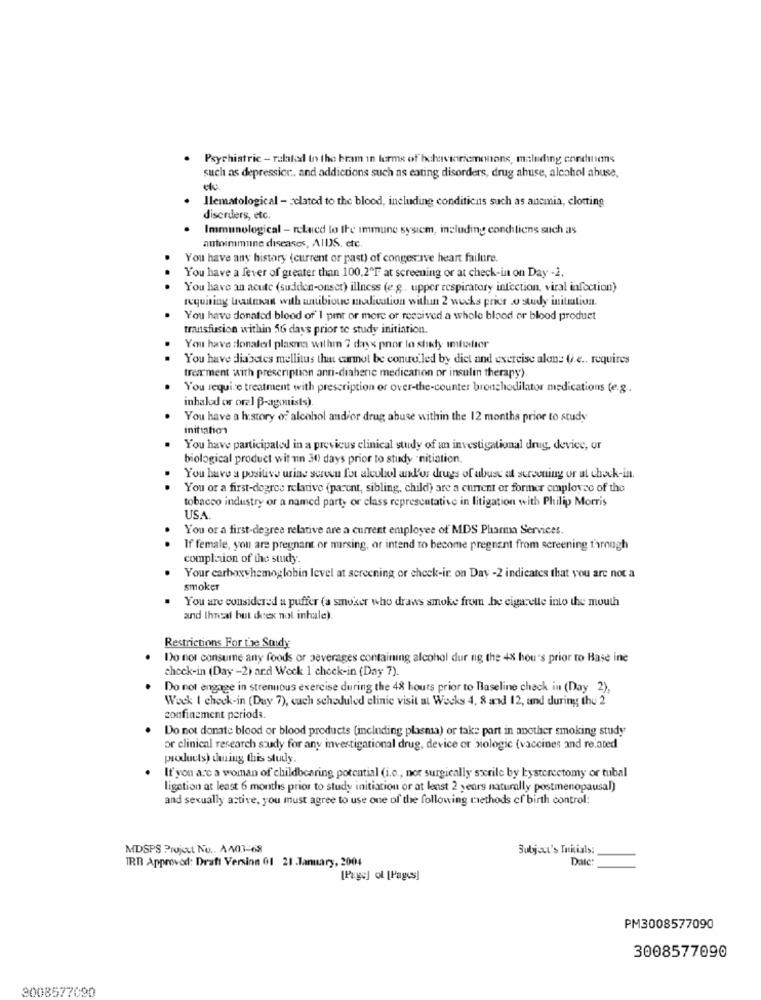
Psychiatric - ralaked in the bram in forme of behavioricmenons, maluding conditions
such as depression .. and addictions such as eating disorders, drug abuse, alcohol abuse,
Ilematological - zclatod to the blood, including conditicus such as anemia, clotting
disorders, etc.
Immunological - related to the immune system, including conchiliens such as
autoimmune diseases, AIDS, etc.
You have any history (current or past) of conges ave heart failure.
..
You have a fever of greater than 100.2"F at screening or at check-in on Day -2.
You have an acute (sudden-onset) illness (e.g ., upper respiratory inficction, viral infection)
requiring butnad with antibioue medication withun 2 wuchs prior o study initiation.
You have donated blood of' 1 pint or more or rossived a whole blood or blood product
transfusion within 56 days prior to study initiation.
You have donated plasma wilhm 7 days por lo shady imtiafter
You have diabetes mellitus that cannot be contro led by diet and exercise alone G.e ., requires
treatment with prescription anti-diaheric medication or insulin therapy)
You require treatment with prescription or over-the-counter bronchodilator medications (e.g ..
inhalod or oral B-agonists).
You have a history of alcohol and/or drug abuse within the 12 months prior to study
initiation
You have participated in a previcus clinical study of an investigational drug, device, or
biological product wit un 30) days prior to study "nitiation.
You have a positive urine screen fot alcohol andd'or drugs of abuse at screening or at check-in.
You or a first-degree relative (parent, sibling, child) are a current or former employee of the
tobacco industry or a named party or class representative in litigation with Philip Morris
USA.
.
You or a first-degree relative are a current employee of MDS Pharma Services.
If female, you are pregnant or mirsing, or intend to become pregnant from screening through
completion of the study.
Your carboxyhemoglobin level at screening or check-ir on Day -2 indicates that you are not a
smoker
You are considered a puffer (a smoker who draws smoke from .be cigarette into the mouth
and Ihreal but deex nol inhale).
Restrictions For the Soudy
Do not consume any foods or beverages containing alcohol dur ng the 48 hours prior to Hase ine
check-in (Day -2) and Weck 1 check-in (Day 7).
Do not engage in strenuous exercise during the 48 hours prior to Baseline chack in (Day 2),
Wock I check-in (Duy 7), cach scheduled clinic visit at Wocks 4, 8 add 12, and during the 2
confinement periods.
Do not donate blood or blood products (including plasma) or take part in another smoking study
or clinical research study for any investigational drug, device or biologic (vaccines and related
products) during this study.
If you are a woman of childbearing potential (i.c ., not surgically sterile by hysterectomy or tubal
ligation at least 6 months prior to study initiation or at least 2 years naturally postmenopausal)
and sexually active, you must agree to use one of the following methods of birth control:
MDSPS Project No .. A403-68
Subject's Initials:
TRT Approved: Draft Version 01 21 .January, 2004
Date
[Page] ol [Pages]
PM3008577090
3008577090
3008577090